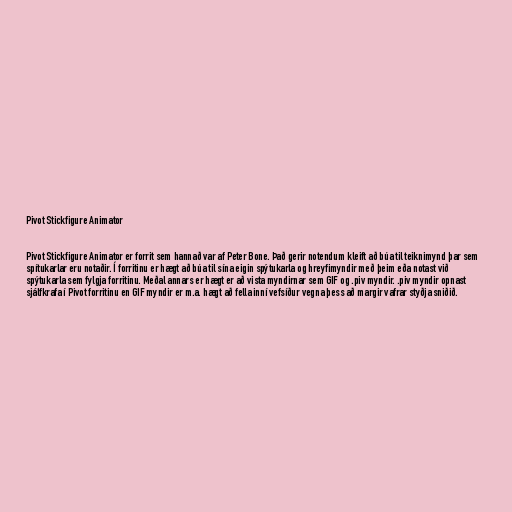
Pivot Stickfigure Animator

Pivot Stickfigure Animator er forrit sem hannað var af Peter Bone. Það gerir notendum kleift að búa til teiknimynd þar sem
spítukarlar eru notaðir. Í forritinu er hægt að búa til sína eigin spýtukarla og hreyfimyndir með þeim eða notast við
spýtukarla sem fylgja forritinu. Meðal annars er hægt er að vista myndirnar sem GIF og .piv myndir. .piv myndir opnast
sjálfkrafa í Pivot forritinu en GIF myndir er m.a. hægt að fella inní vefsíður vegna þess að margir vafrar styðja sniðið.